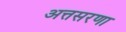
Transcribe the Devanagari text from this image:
अत्तसरणा